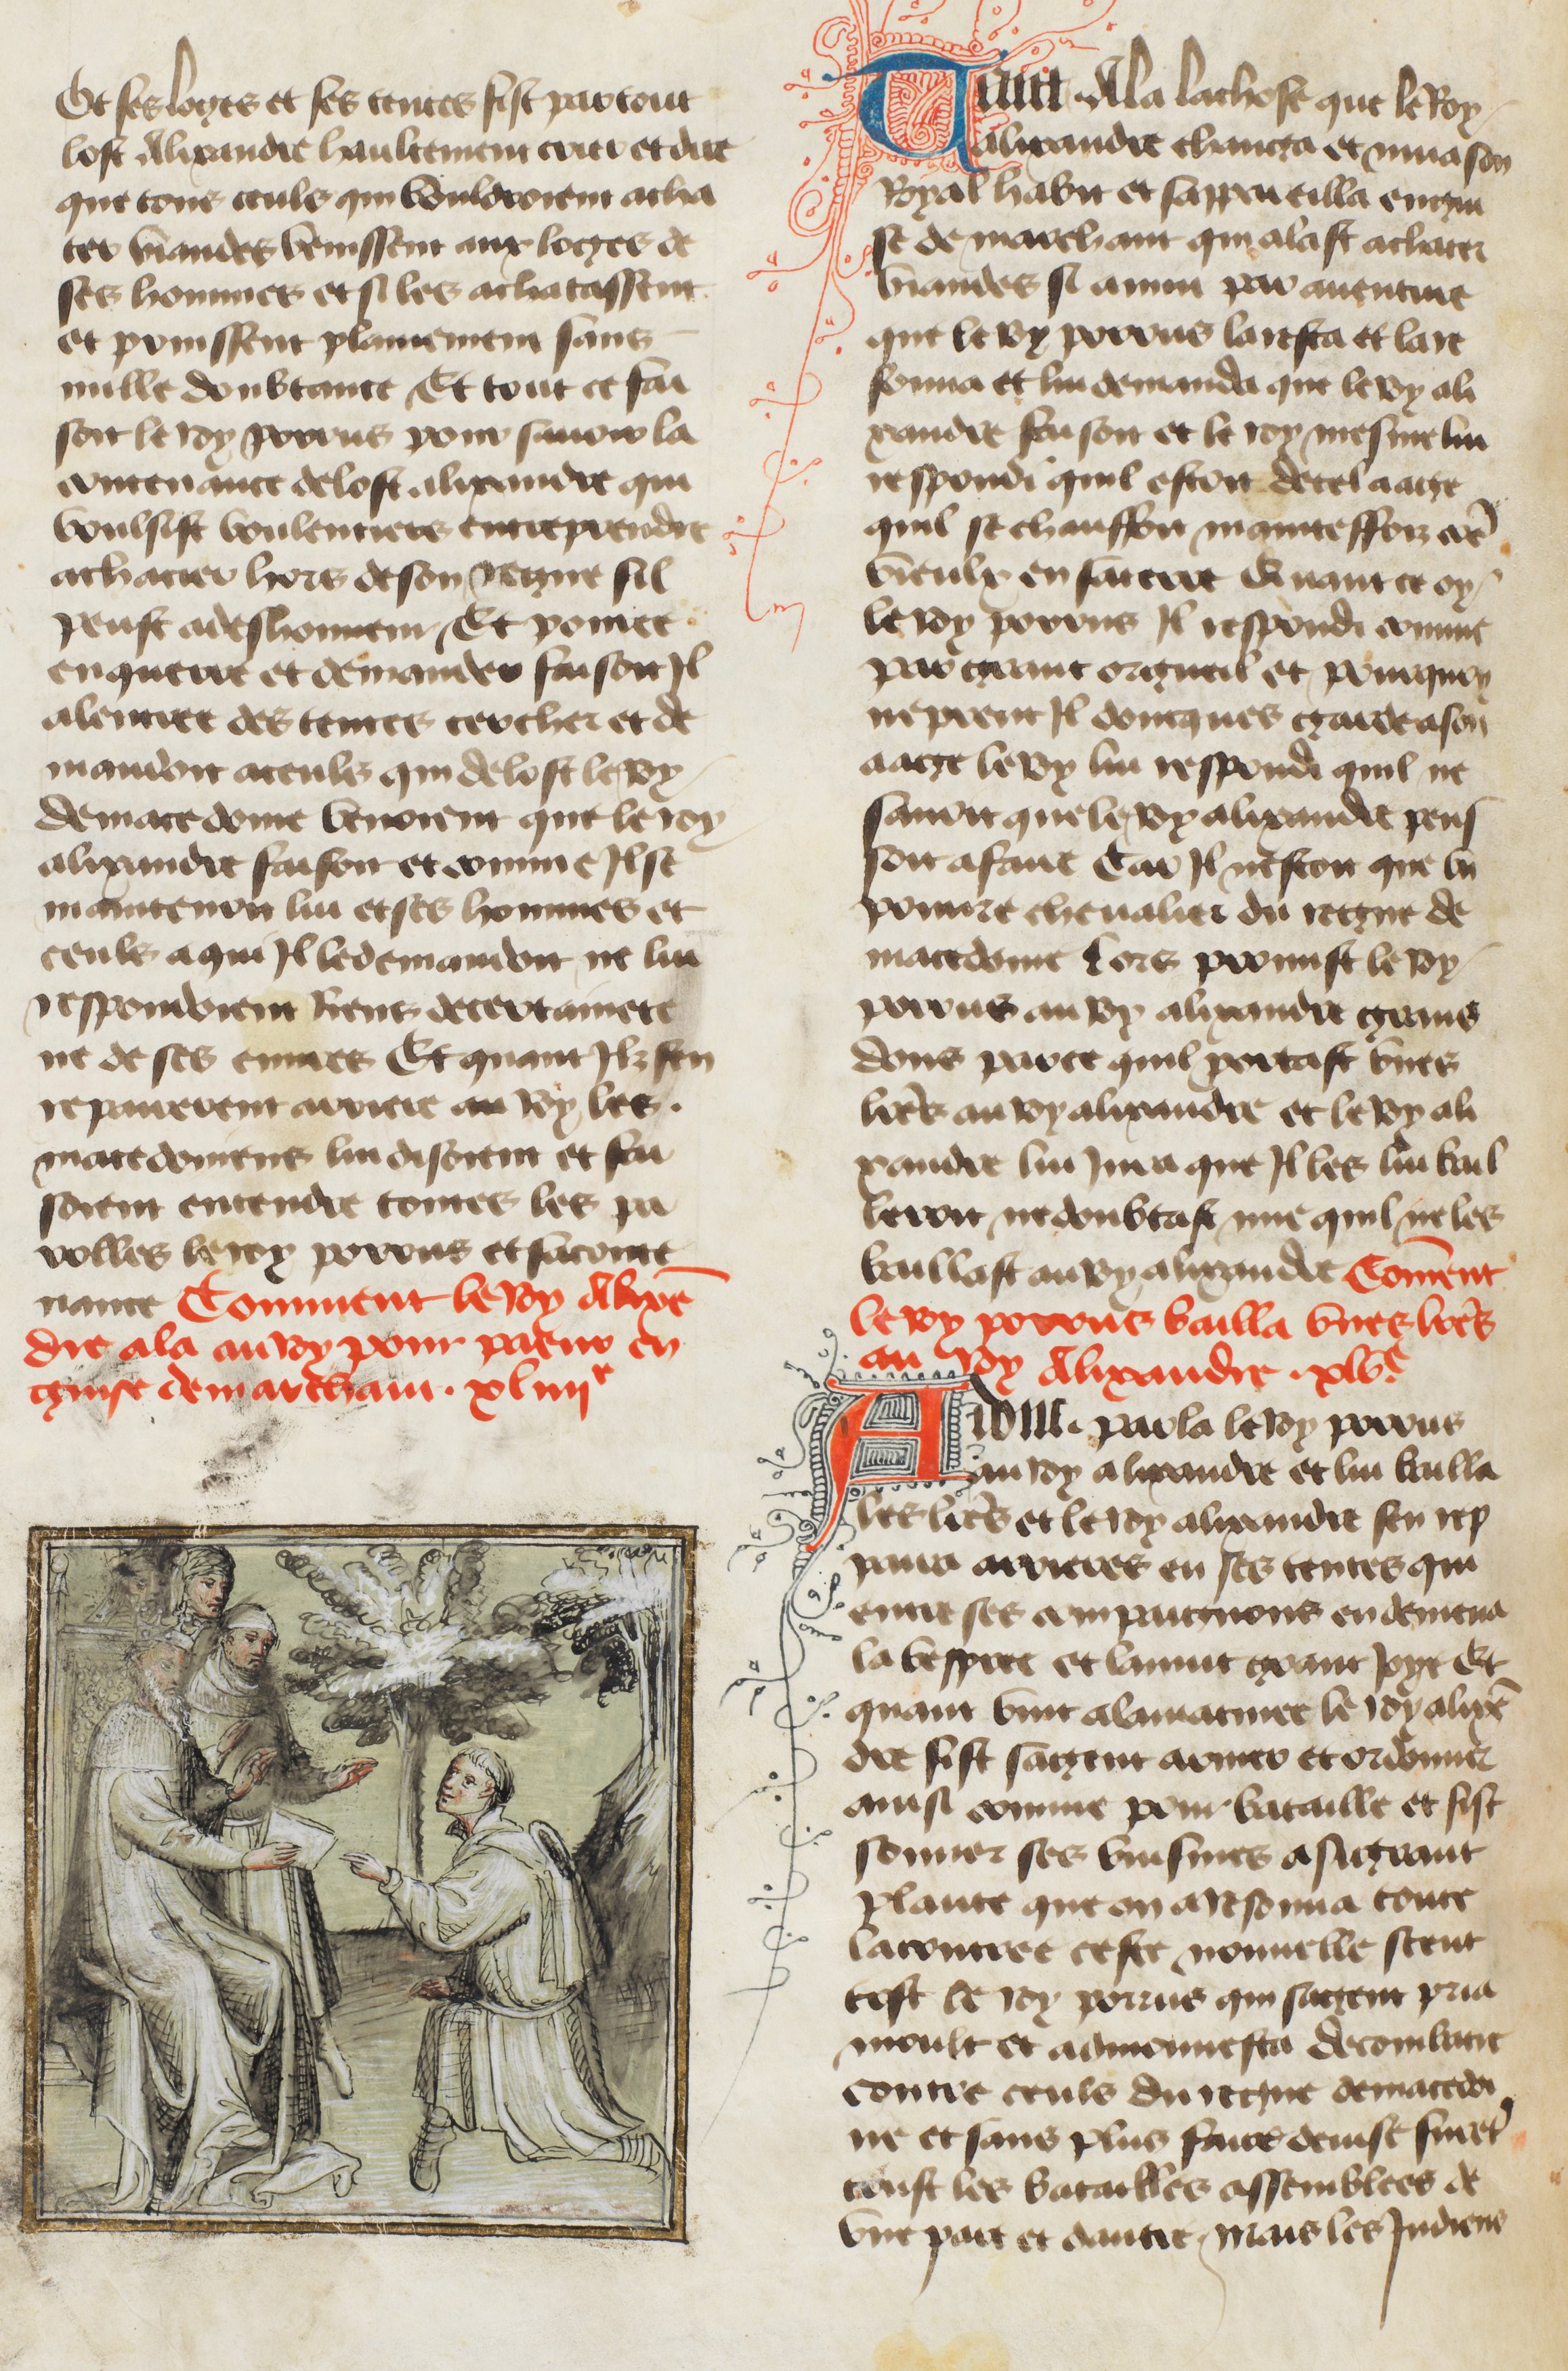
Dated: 1400–1449